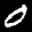
Digit: 0